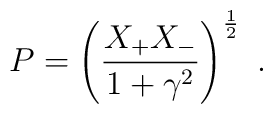
P= \left( \frac{X_+ X_-}{1+\gamma^2} \right)^{\frac{1}{2}}\ .